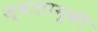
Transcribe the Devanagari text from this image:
ज्वालामुकी